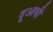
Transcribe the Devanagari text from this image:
दूआबी